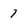
Character: 7